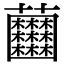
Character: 𧆘